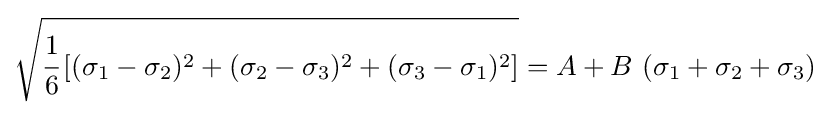
{\sqrt {{\cfrac {1}{6}}\left[(\sigma _{1}-\sigma _{2})^{2}+(\sigma _{2}-\sigma _{3})^{2}+(\sigma _{3}-\sigma _{1})^{2}\right]}}=A+B~(\sigma _{1}+\sigma _{2}+\sigma _{3})~